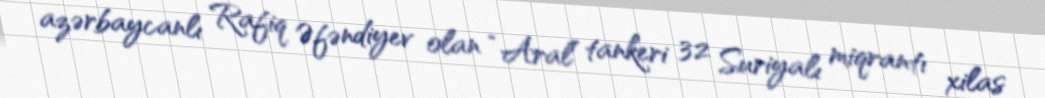
azərbaycanlı Rafiq Əfəndiyev olan “Aral” tankeri 32 Suriyalı miqrantı xilas